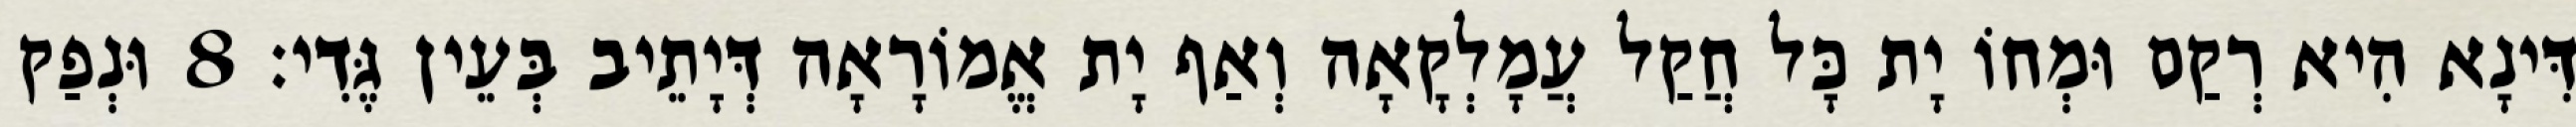
דִּינָא הִיא רְקַם וּמְחוֹ יָת כָּל חֲקַל עֲמָלְקָאָה וְאַף יָת אֱמוֹרָאָה דְּיָתֵיב בְּעֵין גֶּדִי׃ 8 וּנְפַק